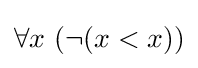
\forall x\ (\neg (x<x))